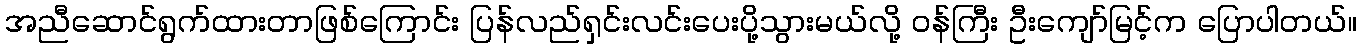
အညီဆောင်ရွက်ထားတာဖြစ်ကြောင်း ပြန်လည်ရှင်းလင်းပေးပို့သွားမယ်လို့ ဝန်ကြီး ဦးကျော်မြင့်က ပြောပါတယ်။